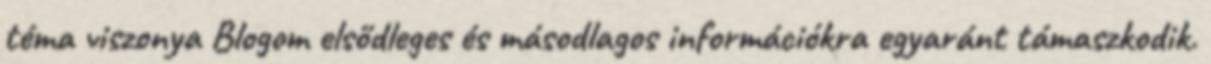
téma viszonya Blogom elsődleges és másodlagos információkra egyaránt támaszkodik.